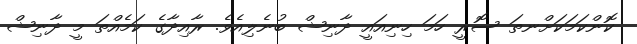
ކޮންކަމަކަށްނތަ ސޮރީ ހަމަ ހިނިއައީ ދާނިޝް ބުނެލިއެވެ. ރާއިދާގެ ކަމެއްތަ މީ ދާނިޝް